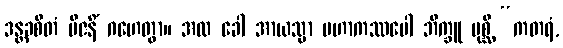
ဒန္တခစိတံ ဗီဇနိံ ဂဟေတွာ။ အထ ခေါ အာယသ္မာ မဟာကဿပေါ ဘိက္ခူ ပုစ္ဆိ “ကတရံ,